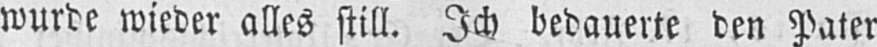
wurde wieder alles still. Ich bedauerte den Pater